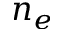
n _ { e }